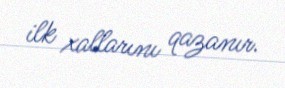
ilk xallarını qazanır.